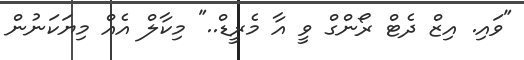
"ވައި. އިޒް ދެޓް ރޯންގް ވީ އާ މެރީޑް.." މިކާލް އެއް މިޔަކަނުން